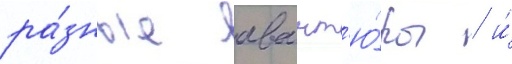
ра́зные авант'ю́ры / и́